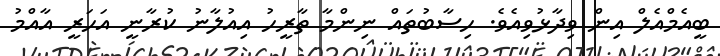
ބީއެމްއެލް އިން ވިދާޅުވިއެވެ. ހިސާބުތައް ނިންމާ ތާރީހު އިއުލާނު ކުރާނީ އަހަރީ އާއްމު